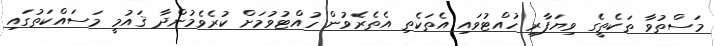
މަސްތުވާ ތަކެތީގެ ވިޔަފާރި ހުއްޓުވައި އެތަކެތި އެތެރެވުން ހުއްޓުވުމަށް ކުރެވެމުންދާ ޤައުމީ މަސައްކަތުގައި